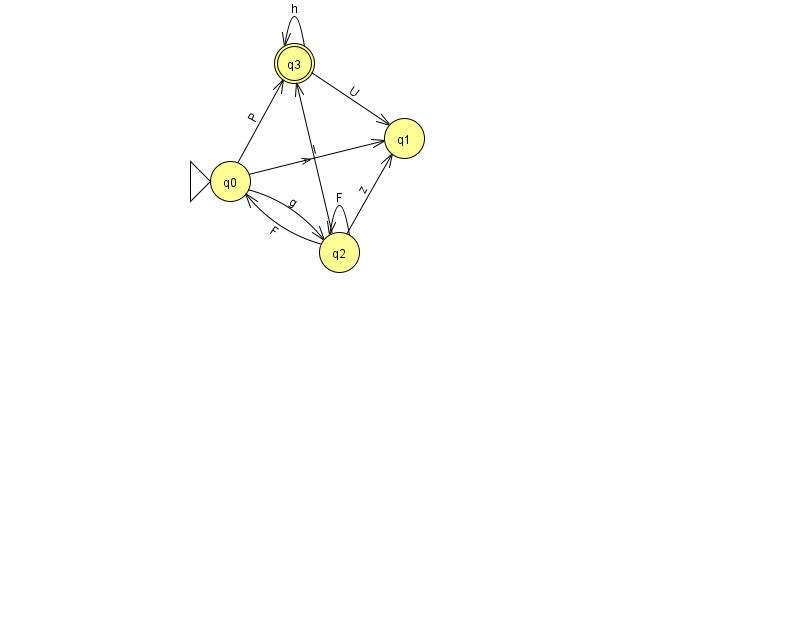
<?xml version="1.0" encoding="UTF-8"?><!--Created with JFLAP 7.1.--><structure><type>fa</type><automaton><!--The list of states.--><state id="0" name="q0"><x>230.0</x><y>168.0</y><initial/></state><state id="1" name="q1"><x>404.0</x><y>125.0</y></state><state id="2" name="q2"><x>339.0</x><y>239.0</y></state><state id="3" name="q3"><x>294.0</x><y>50.0</y><final/></state><!--The list of transitions.--><transition><from>3</from><to>1</to><read>U</read></transition><transition><from>0</from><to>3</to><read>P</read></transition><transition><from>2</from><to>3</to><read>A</read></transition><transition><from>0</from><to>2</to><read>g</read></transition><transition><from>2</from><to>2</to><read>F</read></transition><transition><from>2</from><to>0</to><read>F</read></transition><transition><from>2</from><to>1</to><read>z</read></transition><transition><from>3</from><to>3</to><read>h</read></transition><transition><from>0</from><to>1</to><read>I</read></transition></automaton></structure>